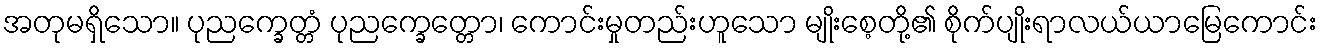
အတုမရှိသော။ ပုညက္ခေတ္တံ ပုညက္ခေတ္တော၊ ကောင်းမှုတည်းဟူသော မျိုးစေ့တို့၏ စိုက်ပျိုးရာလယ်ယာမြေကောင်း